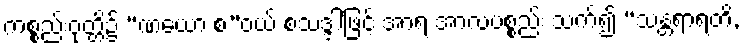
ကစ္စည်းဝုတ္တိ၌ “ဏယော စ”ဝယ် စသဒ္ဒါဖြင့် အာရ အာလပစ္စည်း သက်၍ “သန္တရာရတိ,